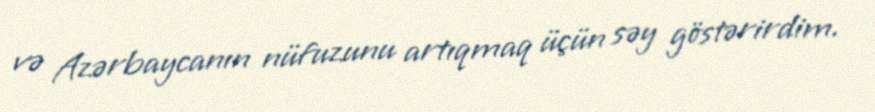
və Azərbaycanın nüfuzunu artıqmaq üçün səy göstərirdim.